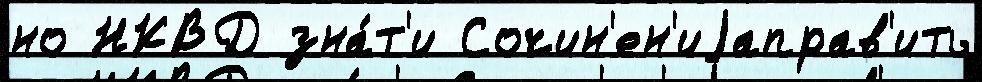
но НКВД зна́т'и Сочин'ен'иjаправ'ить